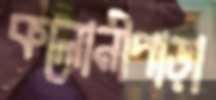
কলোনীপাড়া